Report on the working of the mental hospitals for Indians in Bihar and Orissa - 1925-1929
Year: 1925
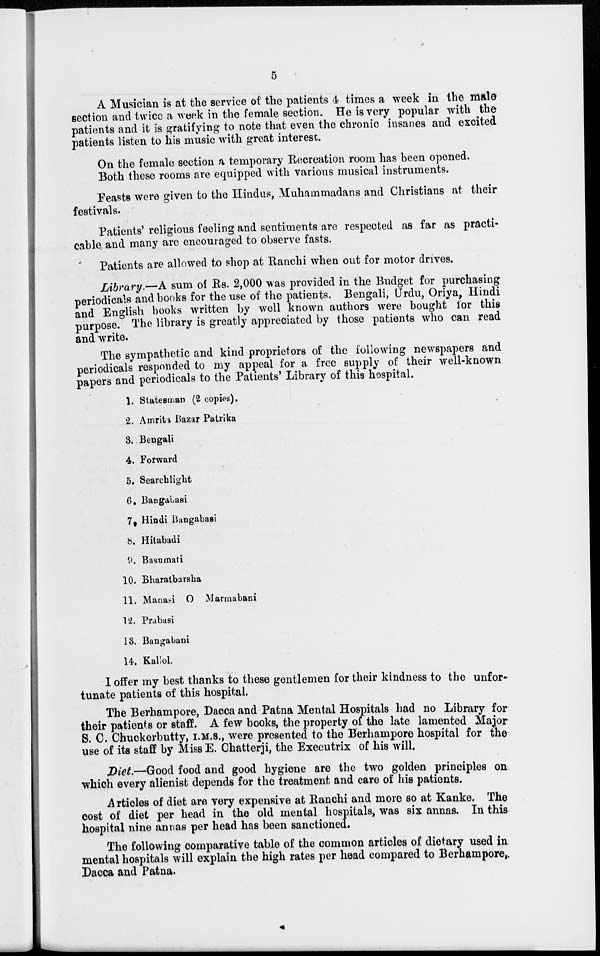
5
A Musician is at the service of the patients 4 times a week in the male
section and twice a week in the female section. He is very popular with the
patients and it is gratifying to note that even the chronic insanes and excited
patients listen to his music with great interest.
On the female section a temporary Recreation room has been opened.
Both these rooms are equipped with various musical instruments.
Feasts were given to the Hindus, Muhammadans and Christians at their
festivals.
Patients' religious feeling and sentiments are respected as far as practi-
cable and many are encouraged to observe fasts.
Patients are allowed to shop at Ranchi when out for motor drives.
Library.—A sum of Rs. 2,000 was provided in the Budget for purchasing
periodicals and books for the use of the patients. Bengali, Urdu, Oriya, Hindi
and English books written by well known authors were bought for this
purpose. The library is greatly appreciated by those patients who can read
and write.
The sympathetic and kind proprietors of the following newspapers and
periodicals responded to my appeal for a free supply of their well-known
papers and periodicals to the Patients' Library of this hospital.
1. Statesman (2 copies).
2. Amrita Bazar Patrika
3. Bengali
4. Forward
5. Searchlight
6. Bangabasi
7. Hindi Bangabasi
8. Hitabadi
9. Basumati
10. Bharatbarsha
11. Manasi O Marmabani
12. Prabasi
13. Bangabani
14. Kallol.
I offer my best thanks to these gentlemen for their kindness to the unfor-
tunate patients of this hospital.
The Berhampore, Dacca and Patna Mental Hospitals had no Library for
their patients or staff. A few books, the property of the late lamented Major
S. C. Chuckerbutty, I.M.S., were presented to the Berhampore hospital for the
use of its staff by Miss E. Chatterji, the Executrix of his will.
Diet.—Good food and good hygiene are the two golden principles on
which every alienist depends for the treatment and care of his patients.
Articles of diet are very expensive at Ranchi and more so at Kanke. The
cost of diet per head in the old mental hospitals, was six annas. In this
hospital nine annas per head has been sanctioned.
The following comparative table of the common articles of dietary used in
mental hospitals will explain the high rates per head compared to Berhampore,.
Dacca and Patna.